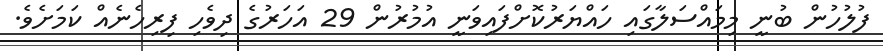
ފުލުހުން ބުނީ މިމައްސަލާގައި ހައްޔަރުކޮށްފައިވަނީ އުމުރުން 29 އަހަރުގެ ދިވެހި ފިރިހެނެއް ކަމަށެެވެ.